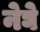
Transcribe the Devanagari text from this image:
नेघे